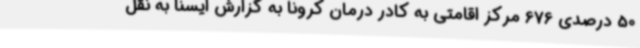
50 درصدی 676 مرکز اقامتی به کادر درمان کرونا به‌ گزارش ایسنا به نقل